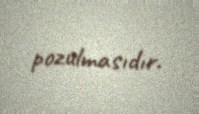
pozulmasıdır.